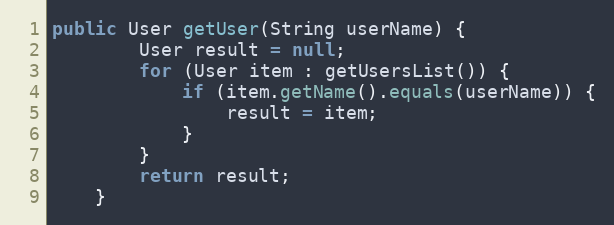
Language: Java
public User getUser(String userName) {
        User result = null;
        for (User item : getUsersList()) {
            if (item.getName().equals(userName)) {
                result = item;
            }
        }
        return result;
    }